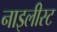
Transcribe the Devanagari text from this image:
नाइलीस्ट